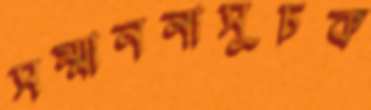
সম্মাননাসূচক